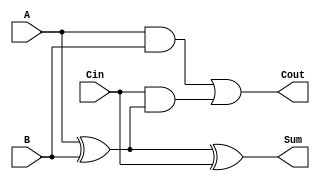
module full_adder (
    input wire A,     // First input bit
    input wire B,     // Second input bit
    input wire Cin,   // Carry input
    output wire Sum,  // Resultant sum bit
    output wire Cout  // Carry output
);

// Internal signals
wire AxorB; // Intermediate signal for A XOR B

// Compute the sum using XOR gates
assign AxorB = A ^ B;
assign Sum = AxorB ^ Cin;

// Compute the carry-out using AND and OR gates
assign Cout = (A & B) | (Cin & AxorB);

endmodule